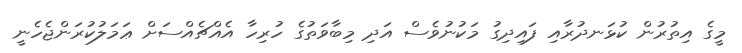
މީގެ އިތުރުން ކުޅަނދުރާއި ފައިދިގު މަކުނުވެސް އަދި މިބާވަތުގެ ހުރިހާ އެއްޗެއްސަށް ޢަމަލުކުރަންޖެހެނީ